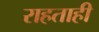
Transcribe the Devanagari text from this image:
राहताही